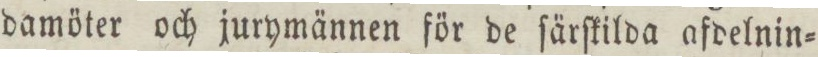
damöter och jurymännen för de ſärſkilda afdelnin=